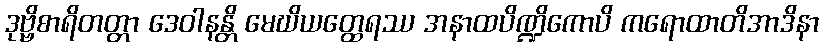
ဒုဗ္ဗိစာရိတတ္တာ ဒေဝါနန္တိ မေဃိယတ္ထေရဿ အနာထပိဏ္ဍိကောပိ ကရောထာတိအာဒိနာ